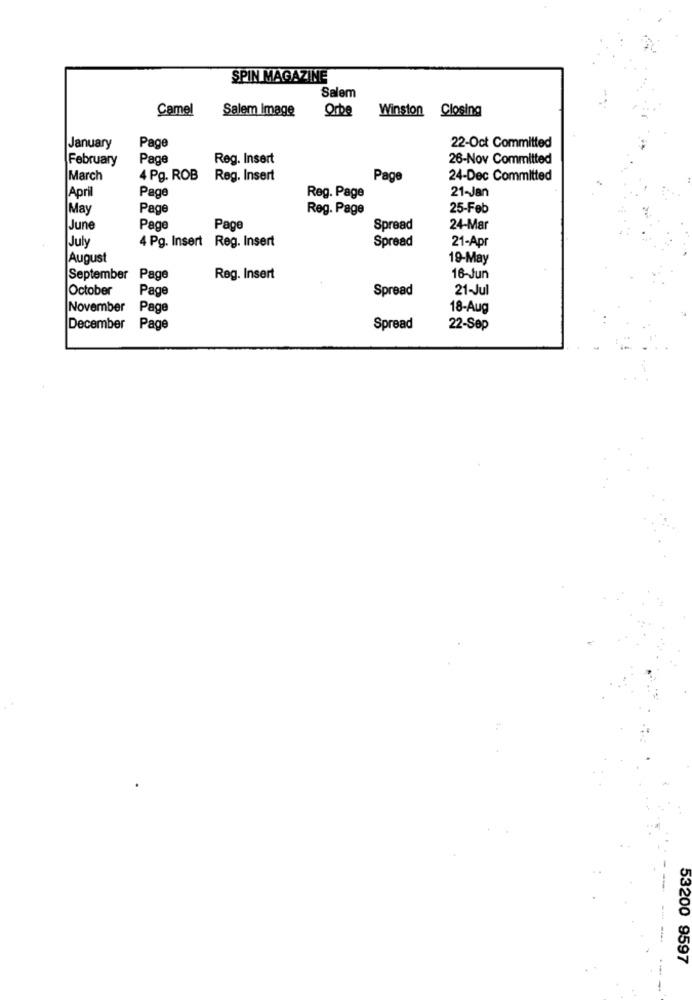
SPIN MAGAZINE
Salem
Camel
Salem Image
Orbe
Winston Closing
22-Oct Committed
January
Page
February
Page
Reg. Insert
26-Nov Committed
March
4 Pg. ROB
Reg. Insert
Page
24-Dec Committed
21-Jan
|April
Page
Reg. Page
May
Page
Reg. Page
25-Feb
June
Page
Page
Spread
24-Mar
4 Pg. Insert Reg. Insert
Spread
21-Apr
July
August
19-May
September Page
Reg. Insert
16-Jun
October
Page
Spread
21-Jul
November
Page
18-Aug
December
Page
Spread
22-Sep
53200 9597
---